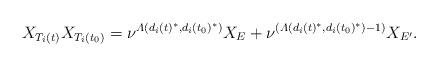
LaTeX: \begin{align*} X_{T_i(t)}X_{T_i(t_0)}=\nu^{\varLambda(d_i(t)^*,d_i(t_0)^*)} X_{E} + \nu^{(\varLambda(d_i(t)^*,d_i(t_0)^*)-1)}X_{E'}. \end{align*}